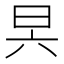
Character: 昗